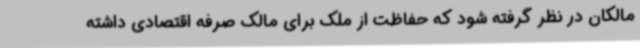
مالکان در نظر گرفته شود که حفاظت از ملک برای مالک صرفه اقتصادی داشته